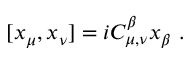
[ x _ { \mu } , x _ { \nu } ] = i C _ { \mu , \nu } ^ { \beta } x _ { \beta } ~ .